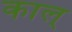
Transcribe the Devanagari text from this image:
काल्